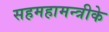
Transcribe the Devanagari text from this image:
सहमहामन्त्रीके